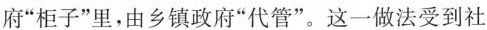
府”柜子”里，由乡镇政府”代管”。这一做法受到社